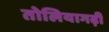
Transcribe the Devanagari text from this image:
तोलियागढ़ी